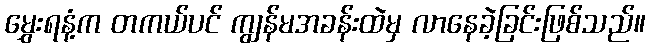
မွှေးရနံ့က တကယ်ပင် ကျွန်မအခန်းထဲမှ လာနေခဲ့ခြင်းဖြစ်သည်။